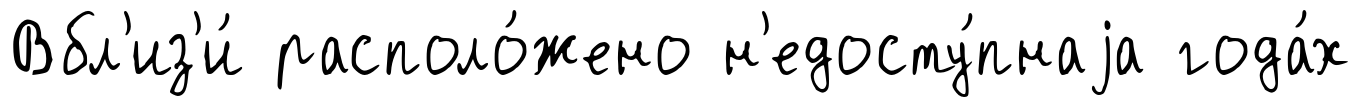
Вбл'из'и́ располо́жено н'едосту́пнаjа года́х